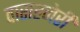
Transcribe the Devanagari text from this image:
वाराहनेरी